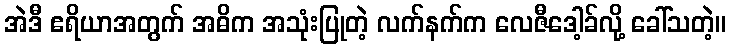
အဲဒီ ဧရိယာအတွက် အဓိက အသုံးပြုတဲ့ လက်နက်က လေဇီဒေါ့ခ်လို့ ခေါ်သတဲ့။